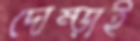
দোম্‌ড়াই